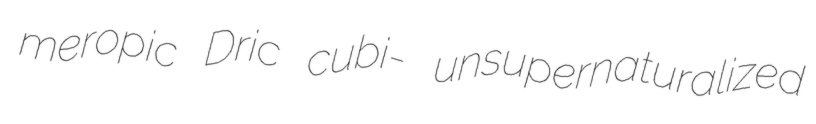
meropic Dric cubi- unsupernaturalized